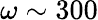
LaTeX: \omega\sim 300